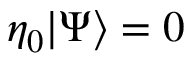
\eta _ { 0 } | \Psi \rangle = 0